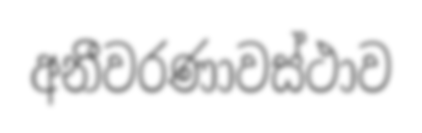
අනීවරණාවස්ථාව